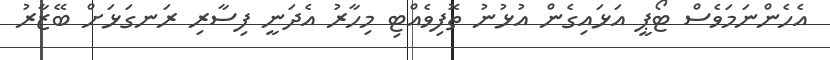
އެހެންނަމަވެސް ޓޯޕީ އަޅައިގެން އުޅުނު ތޮފިވެއްޓި މިހާރު އެދަނީ ފިސާރި ރަނގަޅަށް ބޭޒާރު